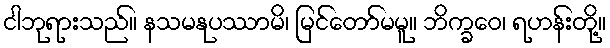
ငါဘုရားသည်။ နသမနုပဿာမိ၊ မြင်တော်မမူ။ ဘိက္ခဝေ၊ ရဟန်းတို့။